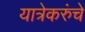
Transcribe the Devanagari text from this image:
यात्रेकरुंचे